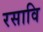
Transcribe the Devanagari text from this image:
रसावि